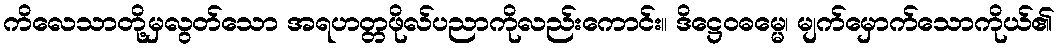
ကိလေသာတို့မှလွတ်သော အရဟတ္တဖိုလ်ပညာကိုလည်းကောင်း။ ဒိဋ္ဌေဝဓမ္မေ၊ မျက်မှောက်သောကိုယ်၏